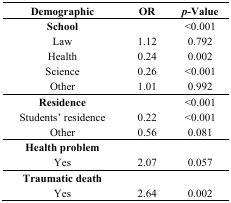
| Demographic | OR | p-Value |
 | --- | --- | --- |
 | School |  | <0.001 |
 | Law | 1.12 | 0.792 |
 | Health | 0.24 | 0.002 |
 | Science | 0.26 | <0.001 |
 | Other | 1.01 | 0.992 |
 | Residence |  | <0.001 |
 | Students’ residence | 0.22 | <0.001 |
 | Other | 0.56 | 0.081 |
 | Health problem |  |  |
 | Yes | 2.07 | 0.057 |
 | Traumatic death |  |  |
 | Yes | 2.64 | 0.002 |